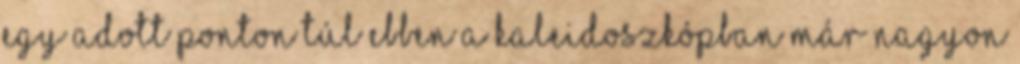
egy adott ponton túl ebben a kaleidoszkópban már nagyon